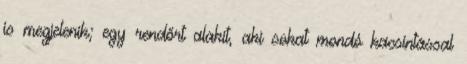
is megjelenik; egy rendőrt alakít, aki sokat mondó kacsintással